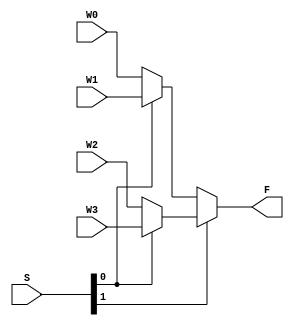
module mux4to1(W0, W1, W2, W3, S, F);
	
	input W0, W1, W2, W3;
	input [1:0]S;
	output F;
	
	assign F = S[1] ? (S[0] ? W3:W2) : (S[0] ? W1:W0);

endmodule